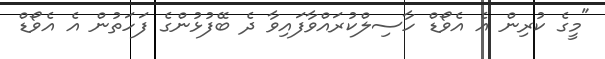
"މީގެ ކުރިން އެ އެވޯޑް ހާސިލްކުރައްވާފައިވާ ދެ ބޭފުޅުންގެ ފަހަތުން އެ އެވޯޑް